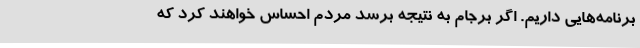
برنامه‌هایی داریم. اگر برجام به نتیجه برسد مردم احساس خواهند کرد که